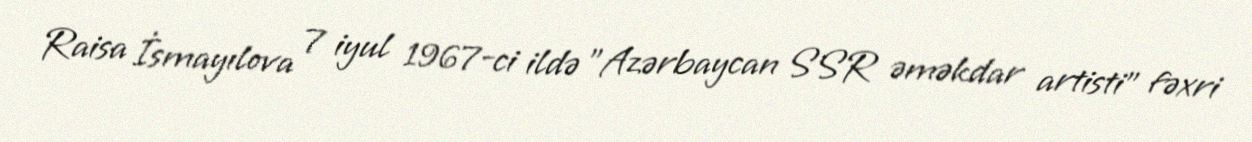
Raisa İsmayılova 7 iyul 1967-ci ildə "Azərbaycan SSR əməkdar artisti" fəxri